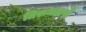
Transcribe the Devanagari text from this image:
तिरुमळसै